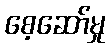
စေ့ဆော်မှု